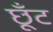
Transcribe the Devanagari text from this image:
छूँट